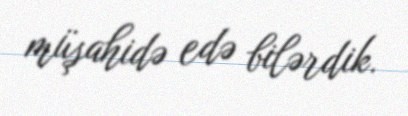
müşahidə edə bilərdik.